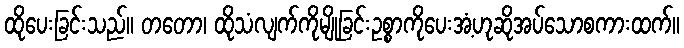
ထိုပေးခြင်းသည်။ တတော၊ ထိုသံလျက်ကိုမျိုခြင်းဥစ္စာကိုပေးအံ့ဟုဆိုအပ်သောစကားထက်။